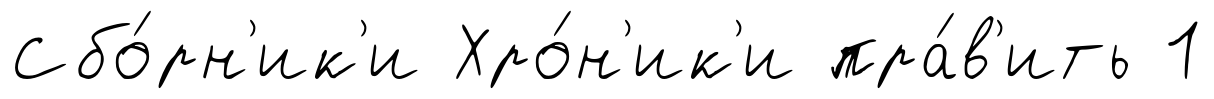
Сбо́рн'ик'и Хро́н'ик'и пра́в'ить 1